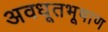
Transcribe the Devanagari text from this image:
अवधूतभूषाण